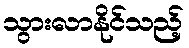
သွားလာနိုင်သည့်